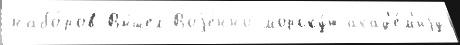
набо́ров Вы́шел Воjе́нно-морску́ю акад'е́м'иjу